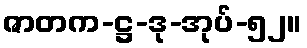
ဇာတက-ဋ္ဌ-ဒု-အုပ်-၅၂။